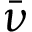
\bar { \nu }